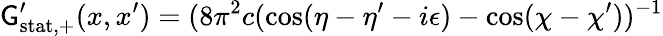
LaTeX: \mathsf{G}_{\mathrm{{stat,+}}}^{\prime}(x,x^{\prime})=(8\pi^{2}c(\cos(\eta-\eta^{\prime}-i\epsilon)-\cos(\chi-\chi^{\prime}))^{-1}